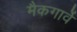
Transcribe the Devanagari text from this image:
मैकगार्वे